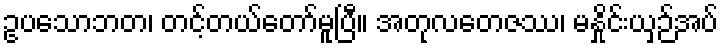
ဥပသောဘတ၊ တင့်တယ်တော်မူပြီ။ အတုလတေဇဿ၊ မနှိုင်းယှဉ်အပ်